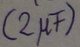
Text: (2µF)